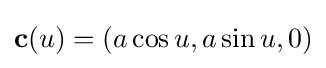
\mathbf {c} (u)=(a\cos u,a\sin u,0)